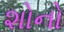
શોનો